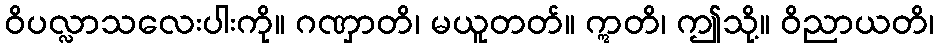
ဝိပလ္လာသလေးပါးကို။ ဂဏှာတိ၊ မယူတတ်။ ဣတိ၊ ဤသို့။ ဝိညာယတိ၊